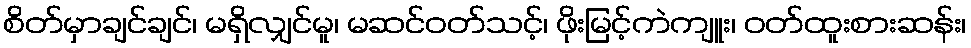
စိတ်မှာချင်ချင်၊ မရှိလျှင်မူ၊ မဆင်ဝတ်သင့်၊ ဖိုးမြင့်ကဲကျူး၊ ဝတ်ထူးစားဆန်း၊